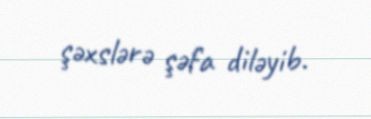
şəxslərə şəfa diləyib.